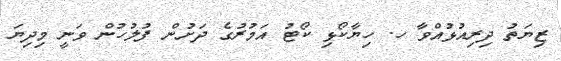
ޒިޔަތު ދިރިއުޅުއްވާ ހ. ހިޔާކޯޅި ކޯޓު އަމުރުގެ ދަށުން ފުލުހުން ވަނީ މިދިޔަ